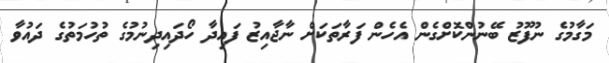
މަގާމުގެ ނުފޫޒު ބޭނުންކޮށްގެން އެހެން ފަރާތަކަށް ނާޖާއިޒު ފައިދާ ހޯދައިދިނުމުގެ ތުހުމަތުގެ ދައުވާ